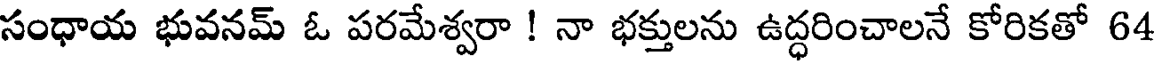
సంధాయ భువనమ్ ఓ పరమేశ్వరా ! నా భక్తులను ఉద్ధరించాలనే కోరికతో 64